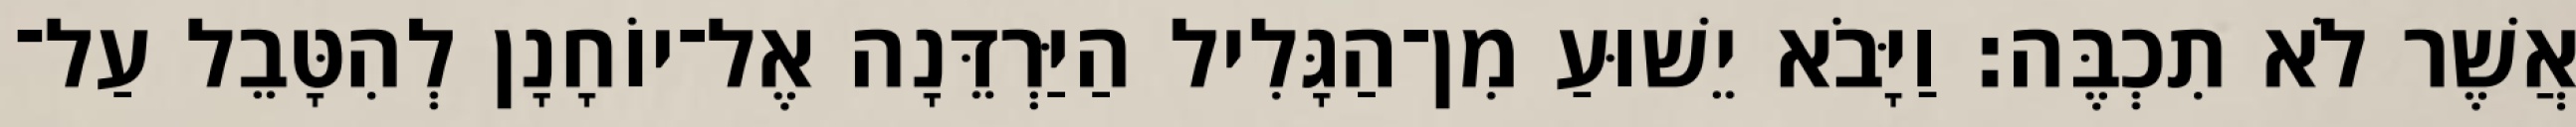
אֲשֶׁר לֹא תִכְבֶּה׃ וַיָּבֹא יֵשׁוּעַ מִן־הַגָּלִיל הַיַּרְדֵּנָה אֶל־יוֹחָנָן לְהִטָּבֵל עַל־